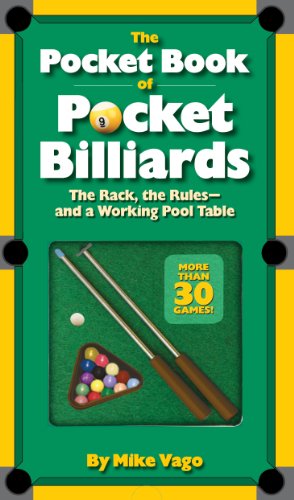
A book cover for The Pocket Book of  Pocket Billiards: The Rack, The RulesAnd A Working Pool Table; Mike Vago; Sports & Outdoors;